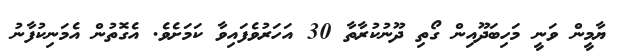
ޔާމީން ވަނީ މަހިބަދޫއިން ގޯތި ދޫނުކުރާތާ 30 އަހަރުވެފައިވާ ކަމަށެވެ. އެގޮތުން އެމަނިކުފާނު